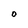
Character: O